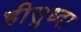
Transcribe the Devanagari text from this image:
हीसुध्दा